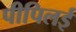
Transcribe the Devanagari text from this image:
पीपिलई